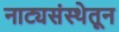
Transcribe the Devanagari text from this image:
नाट्यसंस्थेतून